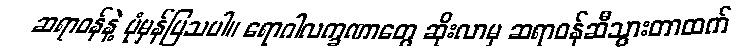
ဆရာဝန်နဲ့ ပုံမှန်ပြသပါ။ ရောဂါလက္ခဏာတွေ ဆိုးလာမှ ဆရာဝန်ဆီသွားတာထက်